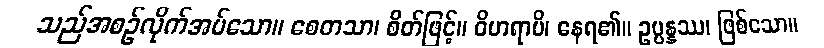
သည်အစဉ်လိုက်အပ်သော။ စေတသာ၊ စိတ်ဖြင့်။ ဝိဟရာမိ၊ နေရ၏။ ဥပ္ပန္နဿ၊ ဖြစ်သော။